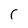
Character: r